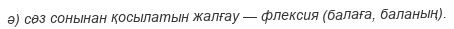
ә) сөз сонынан қосылатын жалғау — флексия (балаға, баланың).